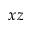
x z